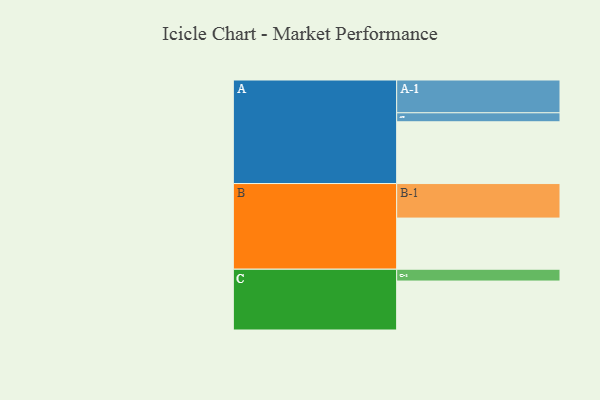
{"axis": {"x": "Segment", "y": "Value"}, "legend": ["", "A", "B", "C"], "data": [{"x": "A", "y": 501, "type": ""}, {"x": "B", "y": 415, "type": ""}, {"x": "C", "y": 397, "type": ""}, {"x": "A-1", "y": 266, "type": "A"}, {"x": "A-2", "y": 73, "type": "A"}, {"x": "B-1", "y": 280, "type": "B"}, {"x": "C-1", "y": 96, "type": "C"}]}